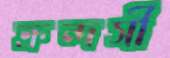
ক্রন্দসী